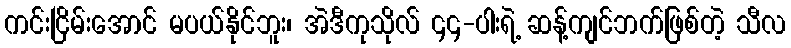
ကင်းငြိမ်းအောင် မပယ်နိုင်ဘူး၊ အဲဒီကုသိုလ် ၄၄-ပါးရဲ့ ဆန့်ကျင်ဘက်ဖြစ်တဲ့ သီလ